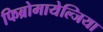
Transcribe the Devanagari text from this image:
फिब्रोमायेल्जिया